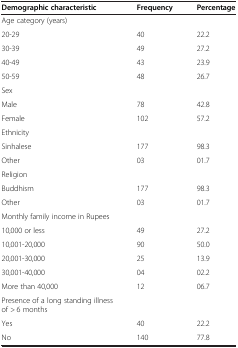
| Demographic characteristic | Frequency | Percentage |
 | --- | --- | --- |
 | Age category (years) |  |  |
 | 20-29 | 40 | 22.2 |
 | 30-39 | 49 | 27.2 |
 | 40-49 | 43 | 23.9 |
 | 50-59 | 48 | 26.7 |
 | Sex |  |  |
 | Male | 78 | 42.8 |
 | Female | 102 | 57.2 |
 | Ethnicity |  |  |
 | Sinhalese | 177 | 98.3 |
 | Other | 03 | 01.7 |
 | Religion |  |  |
 | Buddhism | 177 | 98.3 |
 | Other | 03 | 01.7 |
 | Monthly family income in Rupees |  |  |
 | 10,000 or less | 49 | 27.2 |
 | 10,001-20,000 | 90 | 50.0 |
 | 20,001-30,000 | 25 | 13.9 |
 | 30,001-40,000 | 04 | 02.2 |
 | More than 40,000 | 12 | 06.7 |
 | Presence of a long standing illness of > 6 months |  |  |
 | Yes | 40 | 22.2 |
 | No | 140 | 77.8 |